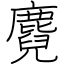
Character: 麑